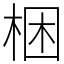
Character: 梱